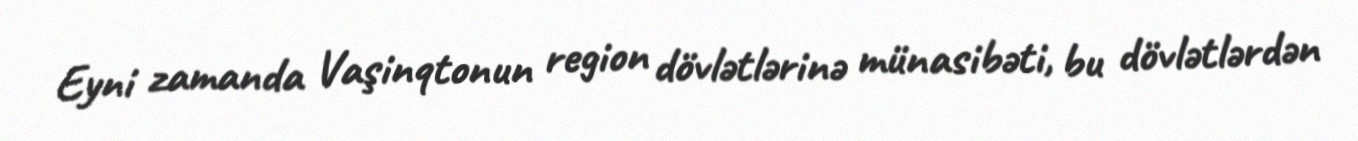
Eyni zamanda Vaşinqtonun region dövlətlərinə münasibəti, bu dövlətlərdən